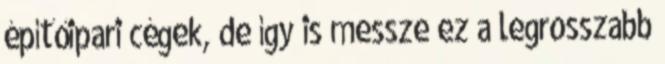
építőipari cégek, de így is messze ez a legrosszabb